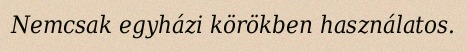
Nemcsak egyházi körökben használatos.